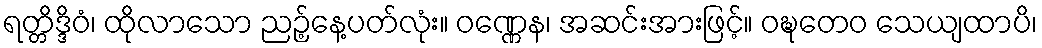
ရတ္တိဒ္ဒိဝံ၊ ထိုလာသော ညဉ့်နေ့ပတ်လုံး။ ဝဏ္ဏေန၊ အဆင်းအားဖြင့်။ ဝဍ္ဎတေဝ သေယျထာပိ၊